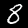
Label: 8